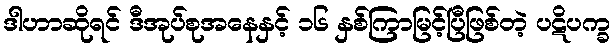
ဒါဟာဆိုရင် ဒီအုပ်စုအနေနှင့် ၁၆ နှစ်ကြာမြင့်ပြီဖြစ်တဲ့ ပဋိပက္ခ